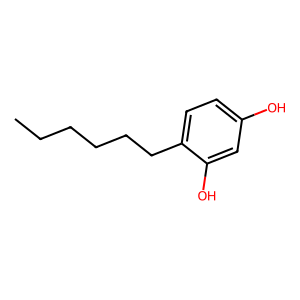
SMILES: CCCCCCc1ccc(O)cc1O
Inhibits HIV replication: No